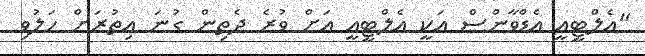
"އެލްޓީއީ އެޑްވާންސް އަކީ އެލްޓީއީ އަށް ވުރެ ދެތިން ގުނަ އިތުރަށް ހަލުވި